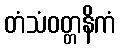
တံသံဝတ္တနိကံ